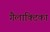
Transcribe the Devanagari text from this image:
गैलाक्टिका